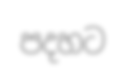
පදහට